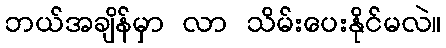
ဘယ်အချိန်မှာ လာ သိမ်းပေးနိုင်မလဲ။